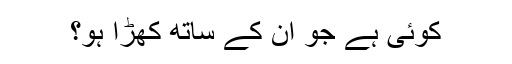
کوئی ہے جو ان کے ساتھ کھڑا ہو؟